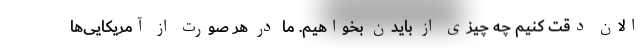
الان دقت کنیم چه چیزی از بایدن بخواهیم. ما در هر صورت از آمریکایی‌ها